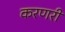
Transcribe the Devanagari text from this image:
करणरी